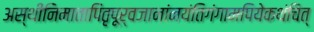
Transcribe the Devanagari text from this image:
अस्थीनिमातापितृपूर्वजानांनयंतिगंगामपियेकथंचित्